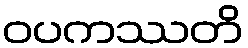
ဝပကဿတိ